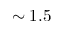
\sim 1 . 5